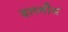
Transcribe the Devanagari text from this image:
दलनीय